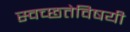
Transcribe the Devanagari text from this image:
स्वच्छतेविषयी